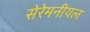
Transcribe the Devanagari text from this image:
सेरेमनीयल